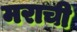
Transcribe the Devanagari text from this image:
मराची